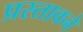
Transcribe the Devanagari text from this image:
प्रस्तावने